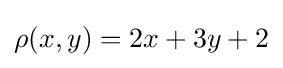
\rho (x,y)=2x+3y+2